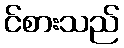
င်စားသည်